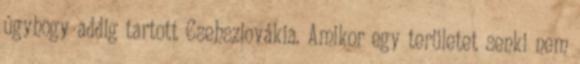
úgyhogy addig tartott Csehszlovákia. Amikor egy területet senki nem